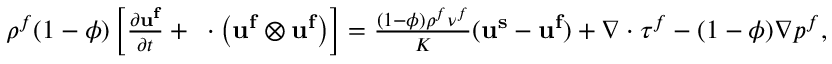
\begin{array} { r } { \rho ^ { f } ( 1 - \phi ) \left[ \frac { \partial \mathbf { u ^ { f } } } { \partial t } + \mathbf { \nabla } \cdot \left( \mathbf { u ^ { f } } \otimes \mathbf { u ^ { f } } \right) \right] = \frac { ( 1 - \phi ) \rho ^ { f } \nu ^ { f } } { K } ( \mathbf { u ^ { s } } - \mathbf { u ^ { f } } ) + \nabla \cdot \boldsymbol { \tau ^ { f } } - ( 1 - \phi ) \nabla p ^ { f } , } \end{array}